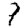
Digit: 7